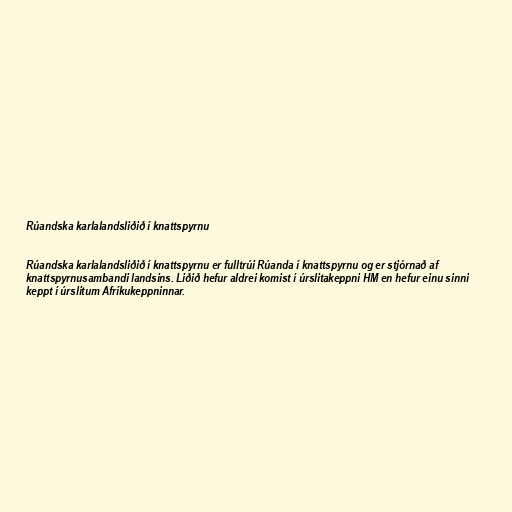
Rúandska karlalandsliðið í knattspyrnu

Rúandska karlalandsliðið í knattspyrnu er fulltrúi Rúanda í knattspyrnu og er stjórnað af
knattspyrnusambandi landsins. Liðið hefur aldrei komist í úrslitakeppni HM en hefur einu sinni
keppt í úrslitum Afríkukeppninnar.